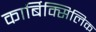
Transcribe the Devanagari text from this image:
कार्बिक्सिलिक